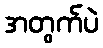
အတွက်ပဲ